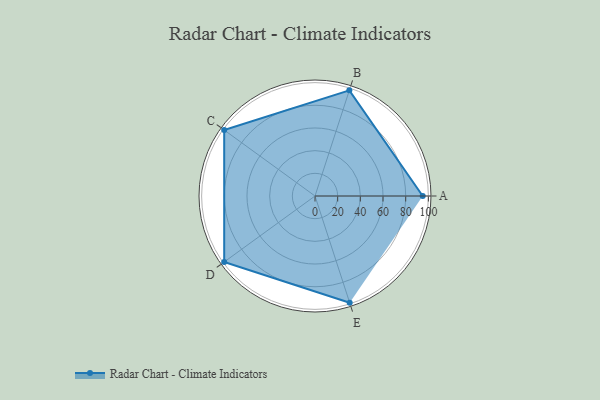
{"axis": {"x": "Skill", "y": "Score"}, "legend": ["Profile"], "data": [{"x": "A", "y": 95.0, "type": "Profile"}, {"x": "B", "y": 98.0, "type": "Profile"}, {"x": "C", "y": 99, "type": "Profile"}, {"x": "D", "y": 99, "type": "Profile"}, {"x": "E", "y": 99, "type": "Profile"}]}